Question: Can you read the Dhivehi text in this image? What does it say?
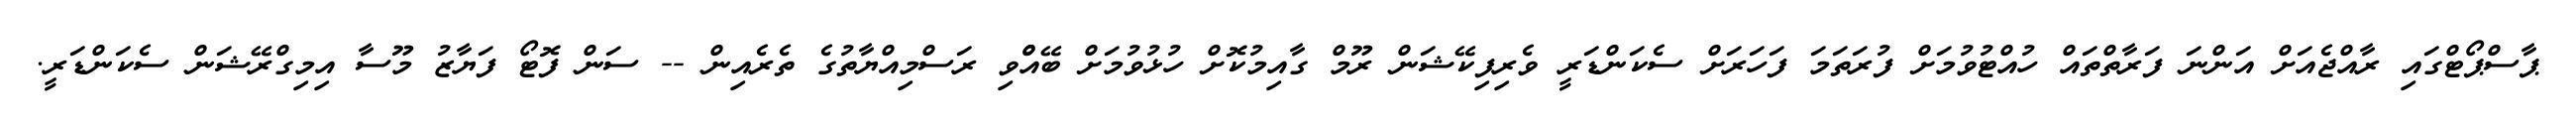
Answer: ޕާސްޕޯޓްގައި ރާއްޖެއަށް އަންނަ ފަރާތްތައް ހުއްޓުވުމަށް ފުރަތަމަ ފަހަރަށް ސެކަންޑަރީ ވެރިފިކޭޝަން ރޫމް ގާއިމުކޮށް ހުޅުވުމަށް ބޭއްްވި ރަސްމިއްޔާތުގެ ތެރެއިން -- ސަން ފޮޓޯ ފަޔާޒު މޫސާ އިމިގްރޭޝަން ސެކަންޑަރީ.